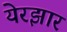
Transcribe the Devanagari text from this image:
येरझार